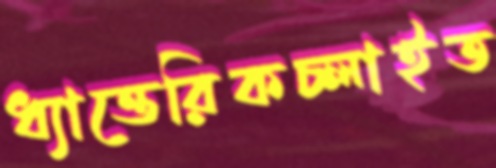
ধ্যাত্তেরিকচ্‌লাইত